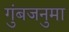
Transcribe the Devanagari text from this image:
गुंबजनुमा